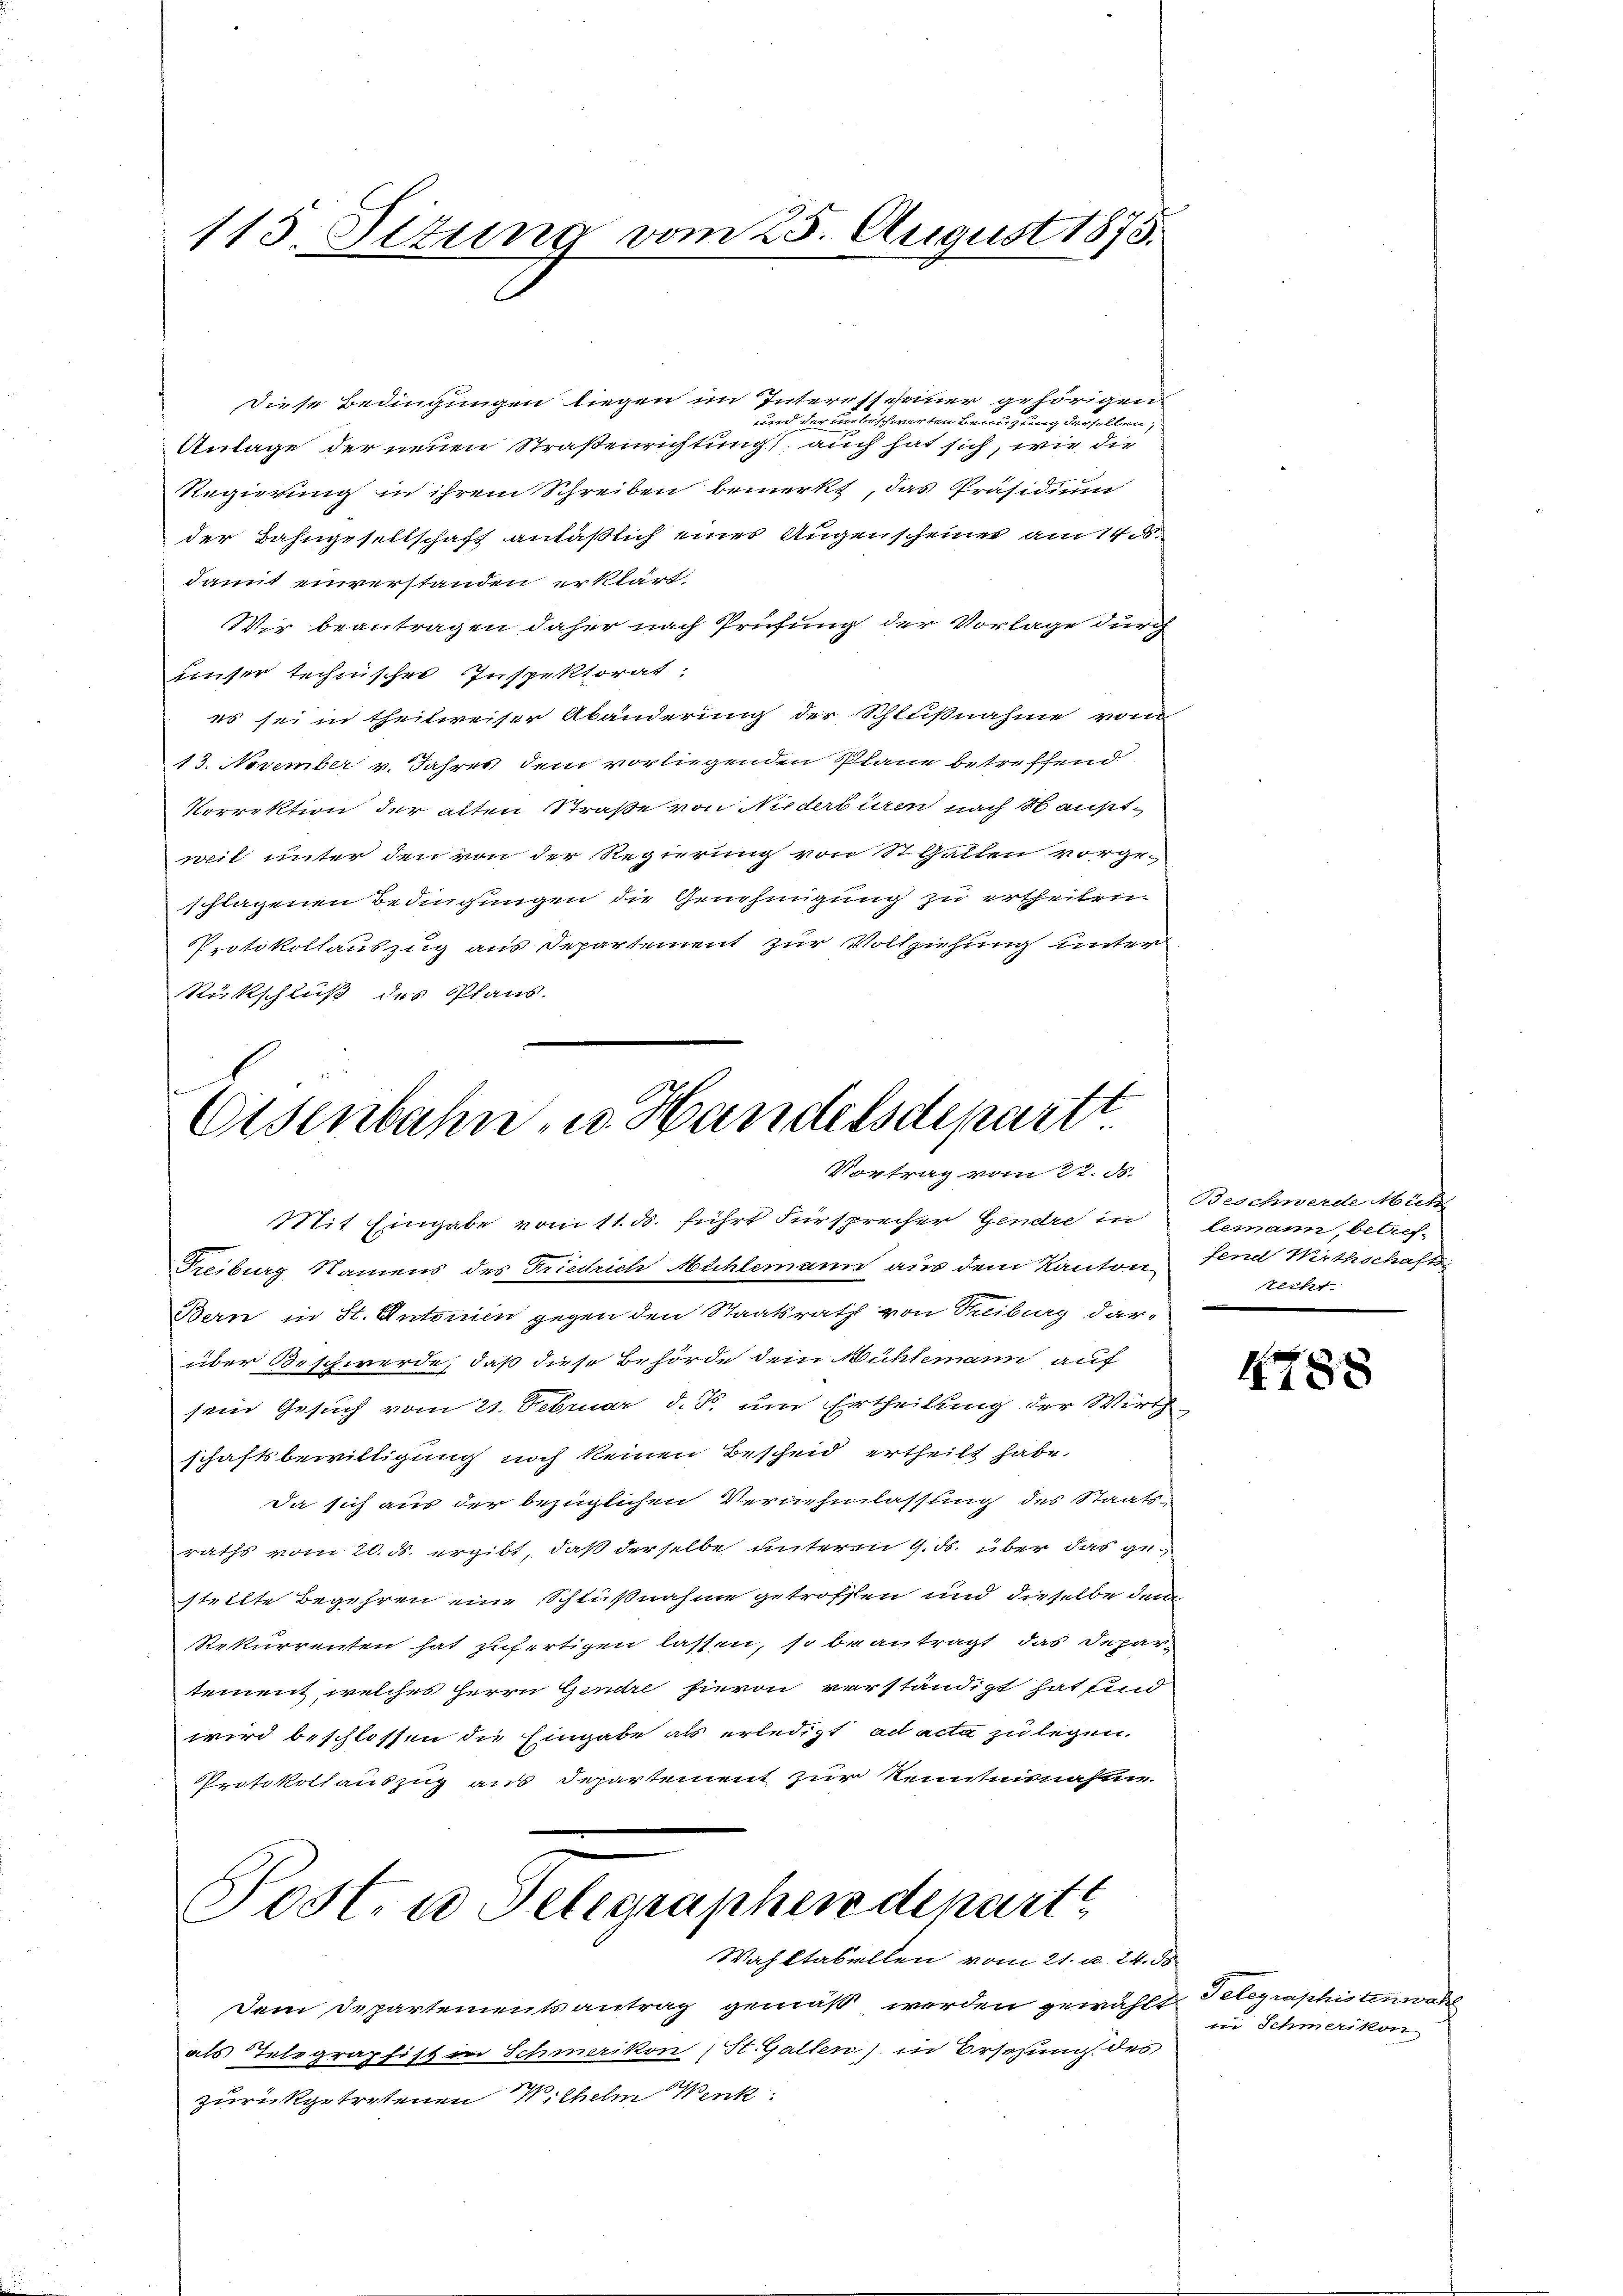
115. Situng vom 25. August 1875.

Diese Bedingungen liegen im Interesseiner gehörigen
und der unbeschwarten Benuzung derselben;
Anlage der neuen Straßenrichtung, auch hat sich, wie die
Regierung in ihrem Schreiben bemerkt, das Präsidium
der Bahngesellschaft anläßlich eines Augenscheiner am 14.
damit einverstanden erklärt,
Wir beantragen daher nach Prüfung der Vorlage durch
unser technischer Inspektorat,
es sei in theilweiser Abänderung der Schlußnahme vom
13. November v. Jahres dem vorliegenden Plane betreffend
Korrektion der alten Straße von Niderbüren nach Hauptweit unter den von der Regierung von St. Gallen vorgeschlagenen Bedingungen die Genehmigung zu ertheilen.
Protokollauszug aus Departement zur Vollziehung unter
Rückschluß des Plans.

Eisenbahn, u. Handelsdepartt
Vortrag vom 22. d.

Freiburg Namens des Friedrich Mühlemann aus dem Kanton
Bern in St. Antoinen gegen den Staatsrath von Fribourg dar-
über Beschwerde, daß diese Behörde dem Mühlemann auf
sein Gesuch vom 21. Februar d. J. um Ertheilung der Wirth
schaftsbewilligung noch keinen Bescheid ertheilt habe.
Da sich aus der bezüglichen Vernehmlassung des Staatsraths vom 20. ds. ergibt, daß derselbe unteren 9. ds. über das gestellte Begehren eine Schlußnahme getroffen und dieselbe dem
Rekurrenten hat zufertigen lassen, so beantragt, das Departement, welches Herrn Gendre hievon verständigt hat und
wird beschlossen die Eingabe als erledigt ad acta zu legen.
Protokollauszug aus Departement zur Kenntnisnahme.
Posten Telegraphen departe
Wahltabellen vom 21. u. 24. 58
Dem Departementsantrag gemäß werden gewählt
als Telegraphist in Schmerikon ( St. Gallen) in Ersezung des
zurückgetretenen Wilhelm Wink

Mit Eingabe vom 11. ds. führt Fürsprecher Gendre in

Beschwach Mutz
lemann, betreffend Wirthschafts
tliher.
|

4788

Telegraphistenwahl
iin Schmerikon